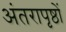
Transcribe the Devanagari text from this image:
अंतरापृष्ठों